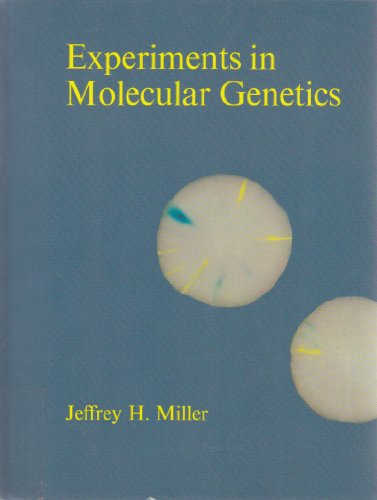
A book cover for Experiments in Molecular Genetics; Jeffrey H. Miller; Science & Math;